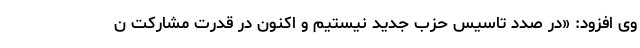
وی افزود: «در صدد تأسیس حزب جدید نیستیم و اکنون در قدرت مشارکت ن